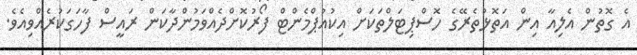
އެ ގޮތުން އެލިއާ އިން އަތޮޅުތެރޭގެ ހޮސްޕިޓަލްތަކަށް އިކުއުޕްމެންޓް ފޯރުކޮށްދެއްވަމުންދާކަން ރައީސް ފާހަގަކުރެއްވިއެވެ.